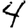
Digit: 4